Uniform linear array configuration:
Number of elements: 48
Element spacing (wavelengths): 0.25
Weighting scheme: hann
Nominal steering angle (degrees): -30
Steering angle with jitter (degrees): -28.242
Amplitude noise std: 0.05
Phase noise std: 0.05

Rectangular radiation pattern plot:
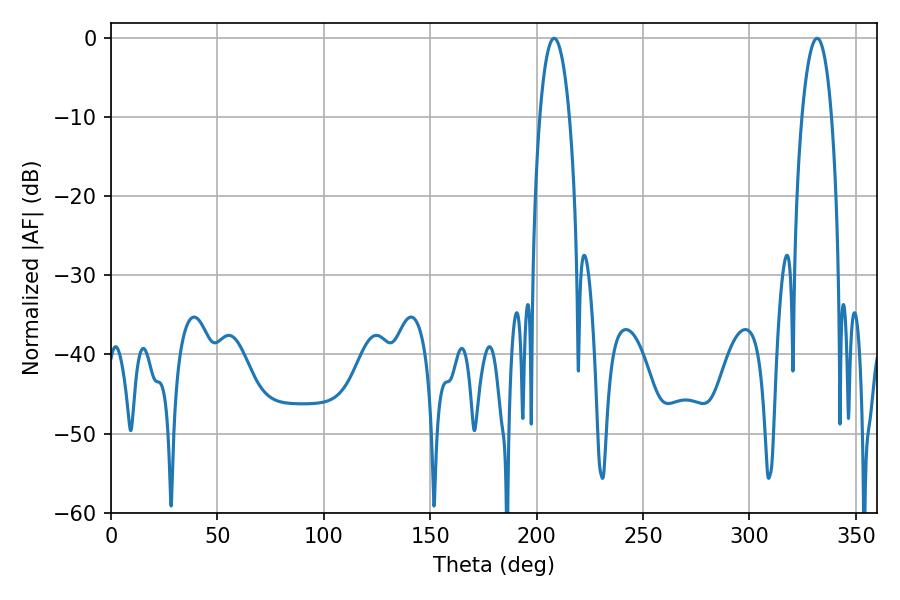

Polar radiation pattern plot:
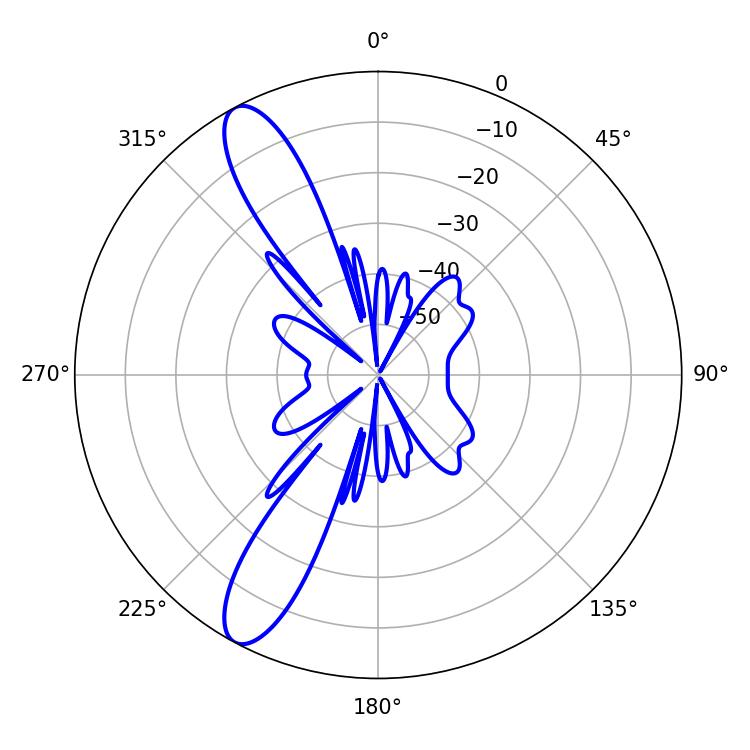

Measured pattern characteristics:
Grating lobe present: FALSE
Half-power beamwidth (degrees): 7.74
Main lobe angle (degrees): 208.26